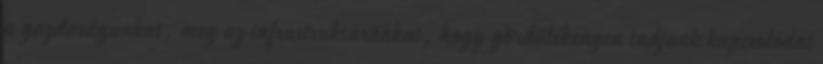
a gazdaságunkat, meg az infrastruktúránkat, hogy gördülékenyen tudjunk kapcsolódni